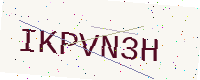
Text: IKPVN3H